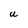
Character: U